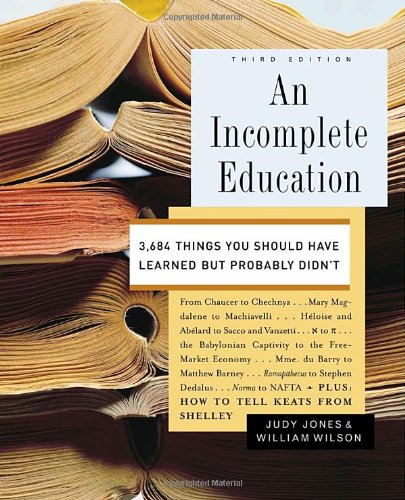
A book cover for An Incomplete Education: 3,684 Things You Should Have Learned but Probably Didn't; Judy Jones; Humor & Entertainment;